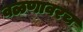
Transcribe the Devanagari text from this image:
वळणावरच